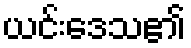
ယင်းဒေသ၏